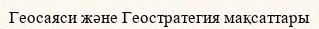
Геосаяси және Геостратегия мақсаттары